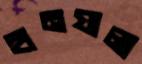
হানযালা